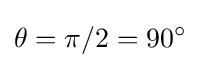
\theta =\pi /2=90^{\circ }